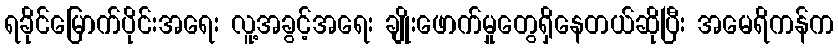
ရခိုင်မြောက်ပိုင်းအရေး လူ့အခွင့်အရေး ချိုးဖောက်မှုတွေရှိနေတယ်ဆိုပြီး အမေရိကန်က